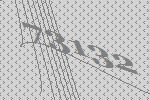
73132